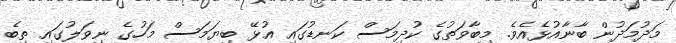
މަދުމަދުން ބާނާއުޅެއެވެ. މިބާވަތުގެ ކުދިމަސް ކަނޑުގައި އުޅޭ ބިޔަމަސް މަހުގެ ނިވަލުގައި ތިބެ